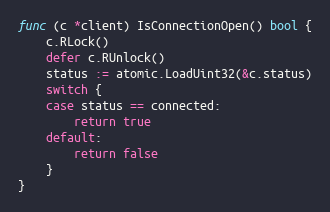
Language: Go
func (c *client) IsConnectionOpen() bool {
	c.RLock()
	defer c.RUnlock()
	status := atomic.LoadUint32(&c.status)
	switch {
	case status == connected:
		return true
	default:
		return false
	}
}